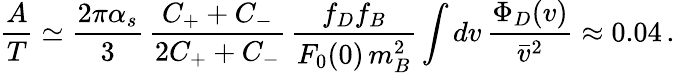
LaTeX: \frac{A}{T}\simeq\frac{2\pi\alpha_{s}}{3}\, \frac{C_{+}+C_{-}}{2C_{+}+C_{-}}\, \frac{f_{D}f_{B}}{F_{0}(0)\, m_{B}^{2}}\int dv\, \frac{\Phi_{D}(v)}{\bar{v}^{2}}\approx 0.04\, .